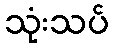
သုံးသပ်